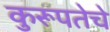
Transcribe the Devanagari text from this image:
कुरूपतेचे